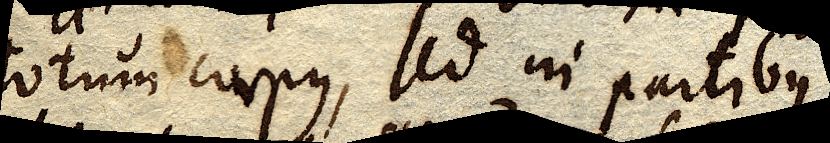
totum corpus, sed in partibus